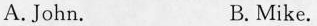
A. John. B. Mike.